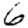
Digit: 6